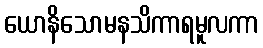
ယောနိသောမနသိကာရမူလကာ